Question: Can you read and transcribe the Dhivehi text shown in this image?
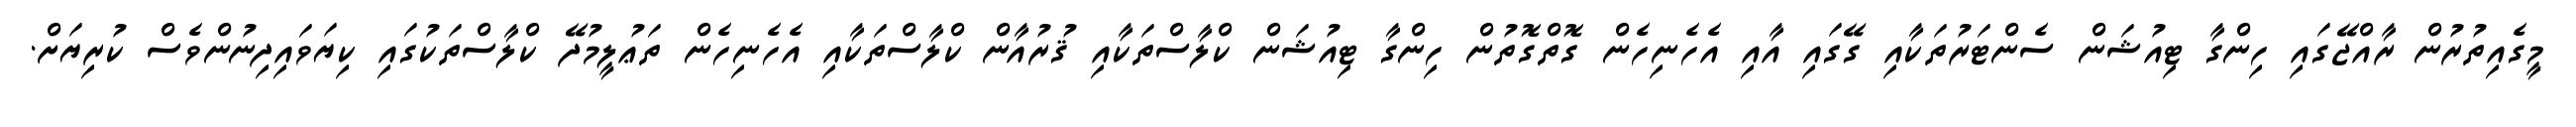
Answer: މީގެއިތުރުން ރާއްޖޭގައި ހިންގާ ޓިއުޝަން ސެންޓަރުތަކާއި ގޭގައި އާއި އެހެނިހެން ގޮތްގޮތުން ހިންގާ ޓިއުޝަން ކްލާސްތަކާއި ޤުރުއާން ކްލާސްތަކާއި އެހެނިހެން ތަޢުލީމުދޭ ކްލާސްތަކުގައި ކިޔަވައިދިނުންވެސް ކުރިޔަށް.